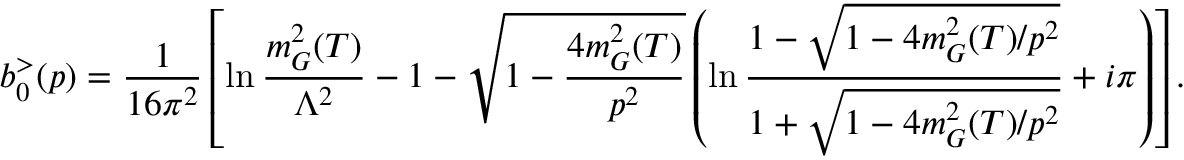
b _ { 0 } ^ { > } ( p ) = \frac { 1 } { 1 6 \pi ^ { 2 } } \left[ \ln \frac { m _ { G } ^ { 2 } ( T ) } { \Lambda ^ { 2 } } - 1 - \sqrt { 1 - \frac { 4 m _ { G } ^ { 2 } ( T ) } { p ^ { 2 } } } \left( \ln \frac { 1 - \sqrt { 1 - 4 m _ { G } ^ { 2 } ( T ) / p ^ { 2 } } } { 1 + \sqrt { 1 - 4 m _ { G } ^ { 2 } ( T ) / p ^ { 2 } } } + i \pi \right) \right] .